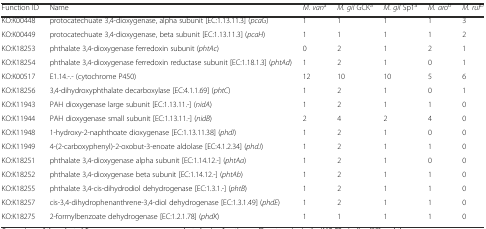
<table><thead><tr><td><b>Function ID</b></td><td><b>Name</b></td><td><b><i>M. van</i><sup>a</sup></b></td><td><b><i>M. gil</i> GCK<sup>a</sup></b></td><td><b><i>M. gil</i> Sp1<sup>a</sup></b></td><td><b><i>M. aro</i><sup>b</sup></b></td><td><b><i>M. ruf</i><sup>b</sup></b></td></tr></thead><tbody><tr><td>KO:K00448</td><td>protocatechuate 3,4-dioxygenase, alpha subunit [EC:1.13.11.3] (<i>pcaG</i>)</td><td>1</td><td>1</td><td>1</td><td>1</td><td>3</td></tr><tr><td>KO:K00449</td><td>protocatechuate 3,4-dioxygenase, beta subunit [EC:1.13.11.3] (<i>pcaH</i>)</td><td>1</td><td>1</td><td>1</td><td>1</td><td>2</td></tr><tr><td>KO:K18253</td><td>phthalate 3,4-dioxygenase ferredoxin subunit (<i>phtAc</i>)</td><td>0</td><td>2</td><td>1</td><td>2</td><td>1</td></tr><tr><td>KO:K18254</td><td>phthalate 3,4-dioxygenase ferredoxin reductase subunit [EC:1.18.1.3] (<i>phtAd</i>)</td><td>1</td><td>2</td><td>1</td><td>0</td><td>1</td></tr><tr><td>KO:K00517</td><td>E1.14.-.- (cytochrome P450)</td><td>12</td><td>10</td><td>10</td><td>5</td><td>6</td></tr><tr><td>KO:K18256</td><td>3,4-dihydroxyphthalate decarboxylase [EC:4.1.1.69] (<i>phtC</i>)</td><td>1</td><td>2</td><td>1</td><td>0</td><td>1</td></tr><tr><td>KO:K11943</td><td>PAH dioxygenase large subunit [EC:1.13.11.-] (<i>nidA</i>)</td><td>1</td><td>2</td><td>1</td><td>1</td><td>0</td></tr><tr><td>KO:K11944</td><td>PAH dioxygenase small subunit [EC:1.13.11.-] (<i>nidB</i>)</td><td>2</td><td>4</td><td>2</td><td>4</td><td>0</td></tr><tr><td>KO:K11948</td><td>1-hydroxy-2-naphthoate dioxygenase [EC:1.13.11.38] (<i>phdI</i>)</td><td>1</td><td>2</td><td>1</td><td>0</td><td>0</td></tr><tr><td>KO:K11949</td><td>4-(2-carboxyphenyl)-2-oxobut-3-enoate aldolase [EC:4.1.2.34] (<i>phdJ</i>)</td><td>1</td><td>2</td><td>1</td><td>1</td><td>0</td></tr><tr><td>KO:K18251</td><td>phthalate 3,4-dioxygenase alpha subunit [EC:1.14.12.-] (<i>phtAa</i>)</td><td>1</td><td>2</td><td>1</td><td>0</td><td>0</td></tr><tr><td>KO:K18252</td><td>phthalate 3,4-dioxygenase beta subunit [EC:1.14.12.-] (<i>phtAb</i>)</td><td>1</td><td>2</td><td>1</td><td>1</td><td>0</td></tr><tr><td>KO:K18255</td><td>phthalate 3,4-cis-dihydrodiol dehydrogenase [EC:1.3.1.-] (<i>phtB</i>)</td><td>1</td><td>2</td><td>1</td><td>1</td><td>0</td></tr><tr><td>KO:K18257</td><td>cis-3,4-dihydrophenanthrene-3,4-diol dehydrogenase [EC:1.3.1.49] (<i>phdE</i>)</td><td>1</td><td>2</td><td>1</td><td>1</td><td>0</td></tr><tr><td>KO:K18275</td><td>2-formylbenzoate dehydrogenase [EC:1.2.1.78] (<i>phdK</i>)</td><td>1</td><td>1</td><td>1</td><td>1</td><td>0</td></tr></tbody></table>